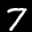
Label: 7